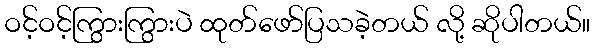
ဝင့်ဝင့်ကြွားကြွားပဲ ထုတ်ဖော်ပြသခဲ့တယ် လို့ ဆိုပါတယ်။